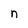
Character: n